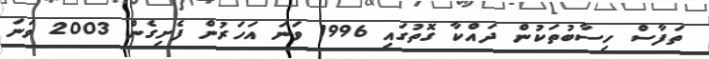
ތަފާސް ހިސާބުތަކުން ދައްކާ ގޮތުގައި 1996 ވަނަ އަހަރުން ފެށިގެން 2003 ވަނަ